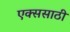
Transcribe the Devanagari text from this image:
एक्ससाठी